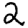
Digit: 2